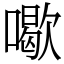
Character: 𠿒